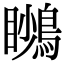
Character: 𪃦